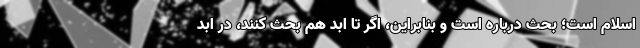
اسلام است؛ بحث درباره است و بنابراین، اگر تا ابد هم بحث کنند، در ابد